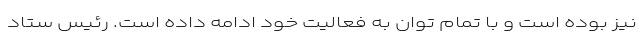
نیز بوده است و با تمام توان به فعالیت خود ادامه داده است. رئیس ستاد